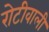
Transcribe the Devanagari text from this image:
रोटीवाली